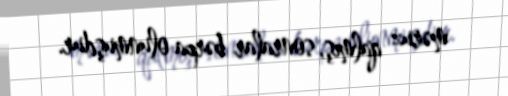
məruz qalmış, sonralar bərpa olunmuşdur.